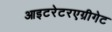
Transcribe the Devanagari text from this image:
आइटरेटरएग्रीगेट